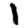
Digit: 1